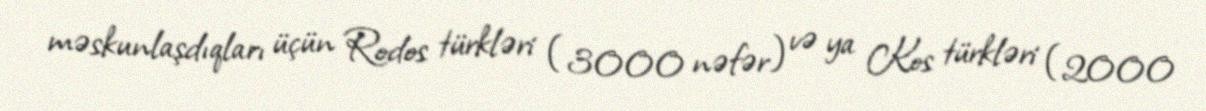
məskunlaşdıqları üçün Rodos türkləri (3000 nəfər) və ya Kos türkləri (2000